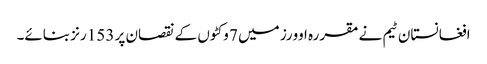
افغانستان ٹیم نے مقررہ اوورز میں 7 وکٹوں کے نقصان پر 153 رنز بنائے۔